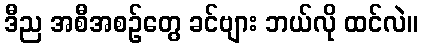
ဒီည အစီအစဉ်တွေ ခင်ဗျား ဘယ်လို ထင်လဲ။